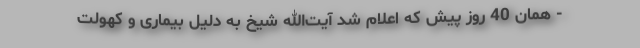
- همان 40 روز پیش که اعلام شد آیت‌الله شیخ به دلیل بیماری و کهولت